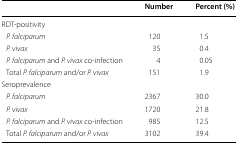
<table><thead><tr><td></td><td><b>Number</b></td><td><b>Percent (%)</b></td></tr></thead><tbody><tr><td colspan="3">RDT-positivity</td></tr><tr><td> <i>P. falciparum</i></td><td>120</td><td>1.5</td></tr><tr><td> <i>P. vivax</i></td><td>35</td><td>0.4</td></tr><tr><td> <i>P. falciparum</i> and <i>P. vivax</i> co-infection</td><td>4</td><td>0.05</td></tr><tr><td> Total <i>P. falciparum</i> and/or <i>P. vivax</i></td><td>151</td><td>1.9</td></tr><tr><td colspan="3">Seroprevalence</td></tr><tr><td> <i>P. falciparum</i></td><td>2367</td><td>30.0</td></tr><tr><td> <i>P. vivax</i></td><td>1720</td><td>21.8</td></tr><tr><td> <i>P. falciparum</i> and <i>P. vivax</i> co-infection</td><td>985</td><td>12.5</td></tr><tr><td> Total <i>P. falciparum</i> and/or <i>P. vivax</i></td><td>3102</td><td>39.4</td></tr></tbody></table>